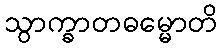
သွာက္ခာတဓမ္မောတိ